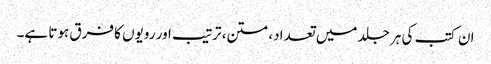
ان کتب کی ہر جلد میں تعداد، متن، ترتیب اور رویوں کا فرق ہوتا ہے۔